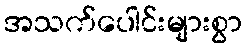
အသက်ပေါင်းများစွာ